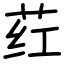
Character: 荭